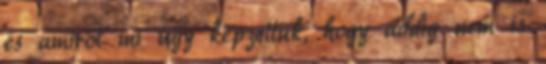
és amirõl mi úgy képzeltük, hogy addig nem is